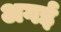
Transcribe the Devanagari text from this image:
अगई